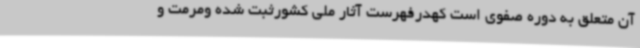
آن متعلق به دوره صفوی است کهدرفهرست آثار ملی کشورثبت شده ومرمت و